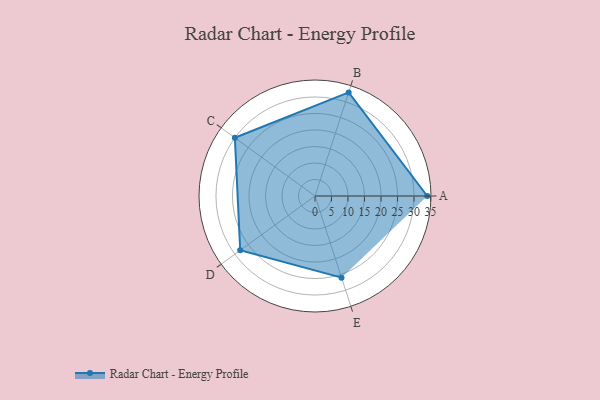
{"axis": {"x": "Skill", "y": "Score"}, "legend": ["Profile"], "data": [{"x": "A", "y": 34.0, "type": "Profile"}, {"x": "B", "y": 33.0, "type": "Profile"}, {"x": "C", "y": 30.0, "type": "Profile"}, {"x": "D", "y": 28.0, "type": "Profile"}, {"x": "E", "y": 26.0, "type": "Profile"}]}